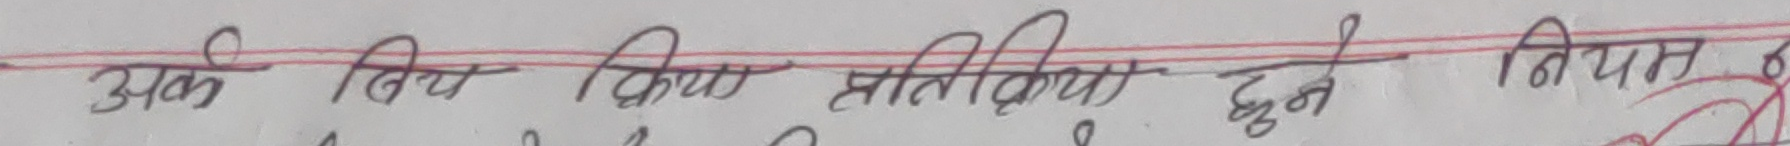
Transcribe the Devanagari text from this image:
अर्क विच क्रिया प्रतिक्रिया हुने नियत छ।